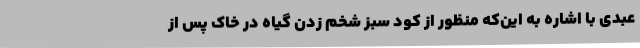
عبدی با اشاره به این‌که منظور از کود سبز شخم زدن گیاه در خاک پس از